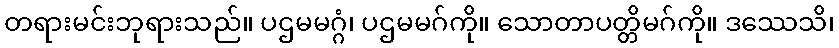
တရားမင်းဘုရားသည်။ ပဌမမဂ္ဂံ၊ ပဌမမဂ်ကို။ သောတာပတ္တိမဂ်ကို။ ဒဿေသိ၊